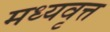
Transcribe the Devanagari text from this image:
मध्यवृत्त